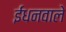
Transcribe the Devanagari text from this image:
ईंधनवाले